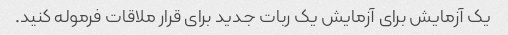
یک آزمایش برای آزمایش یک ربات جدید برای قرار ملاقات فرموله کنید.